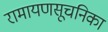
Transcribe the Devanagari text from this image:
रामायणसूचनिका